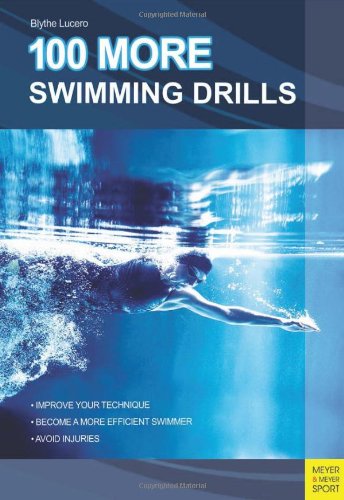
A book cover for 100 More Swimming Drills; Blythe Lucero; Sports & Outdoors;